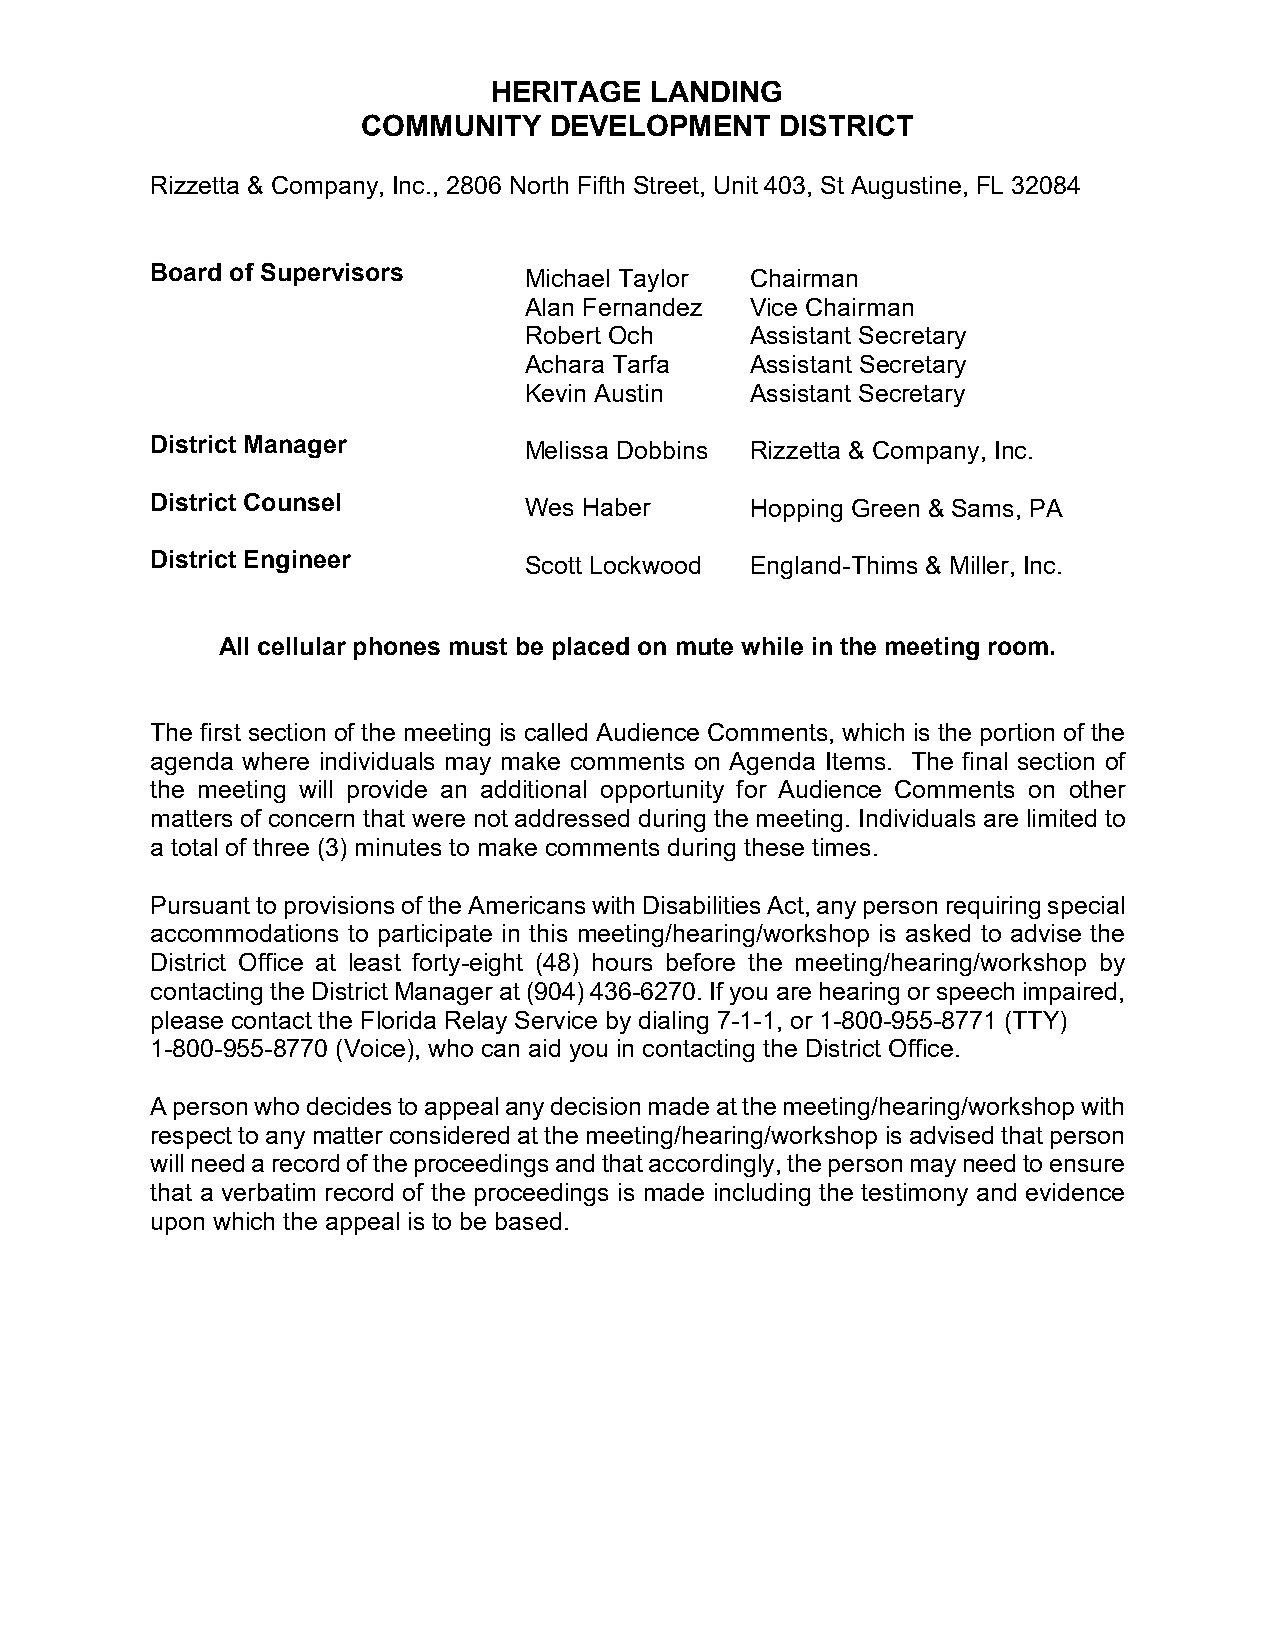
HERITAGE  LANDING
 COMMUNITY   DEVELOPMENT     DISTRICT
 Rizzetta & Company, Inc., 2806 North Fifth Street, Unit 403, St Augustine, FL 32084
 Board of Supervisors     Michael Taylor Chairman
 Alan Fernandez Vice Chairman
 Robert Och     Assistant Secretary
 Achara Tarfa   Assistant Secretary
 Kevin Austin   Assistant Secretary
 District Manager         Melissa Dobbins Rizzetta & Company, Inc.
 District Counsel         Wes Haber      Hopping Green & Sams, PA
 District Engineer        Scott Lockwood England-Thims & Miller, Inc.
 All cellular phones must be placed on mute while in the meeting room.
 The first section of the meeting is called Audience Comments, which is the portion of the
 agenda where individuals may make comments on Agenda Items. The final section of
 the meeting will provide an additional opportunity for Audience Comments on other
 matters of concern that were not addressed during the meeting. Individuals are limited to
 a total of three (3) minutes to make comments during these times.
 Pursuant to provisions of the Americans with Disabilities Act, any person requiring special
 accommodations to participate in this meeting/hearing/workshop is asked to advise the
 District Office at least forty-eight (48) hours before the meeting/hearing/workshop by
 contacting the District Manager at (904) 436-6270. If you are hearing or speech impaired,
 please contact the Florida Relay Service by dialing 7-1-1, or 1-800-955-8771 (TTY)
 1-800-955-8770 (Voice), who can aid you in contacting the District Office.
 A person who decides to appeal any decision made at the meeting/hearing/workshop with
 respect to any matter considered at the meeting/hearing/workshop is advised that person
 will need a record of the proceedings and that accordingly, the person may need to ensure
 that a verbatim record of the proceedings is made including the testimony and evidence
 upon which the appeal is to be based.